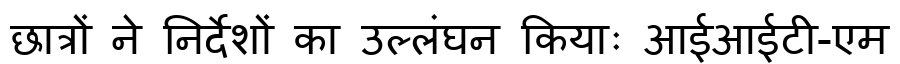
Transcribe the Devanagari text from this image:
छात्रों ने निर्देशों का उल्लंघन कियाः आईआईटी-एम